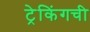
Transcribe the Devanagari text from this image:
ट्रेकिंगची